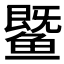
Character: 𬶨